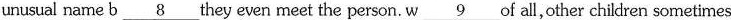
unusual name b \underline{8} they even meet the person. W\underline{9} of all,other children sometimes